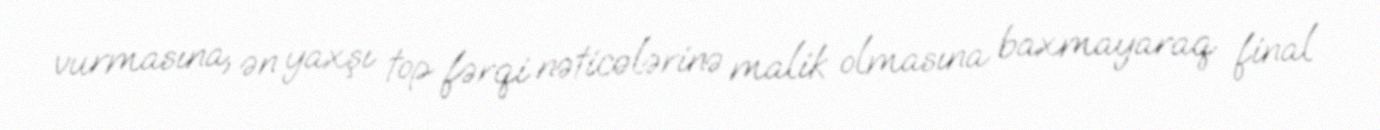
vurmasına, ən yaxşı top fərqi nəticələrinə malik olmasına baxmayaraq final